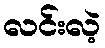
လင်းလဲ့